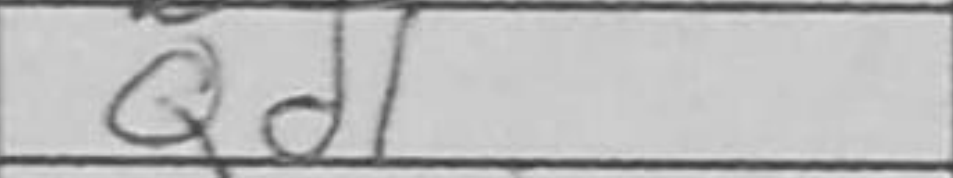
Transcription: Qd1